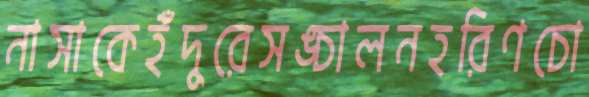
নাসাকেইঁদুরেসঙ্চালনহরিণচো